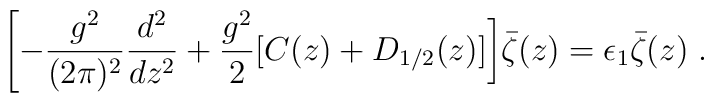
\Biggl [ -{g^2 \over (2 \pi)^2} {d ^2 \over dz^2} + {g ^2 \over 2}\bigl [ C(z) + D_{1/2} (z) \bigr ] \biggr ] \bar \zeta (z) = \epsilon_1 \bar \zeta (z)\; .